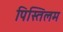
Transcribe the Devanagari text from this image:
पिस्तिलम